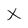
Character: X